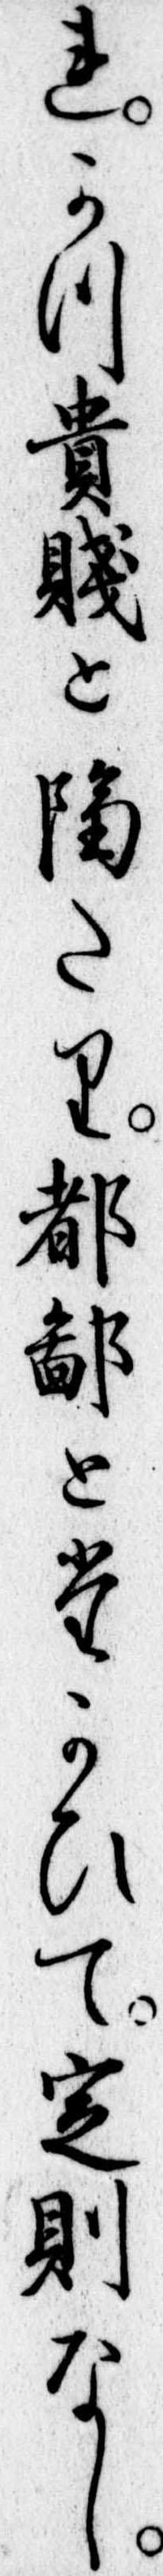
れかつ貴賎と隔たり都鄙とたかひて定則なし